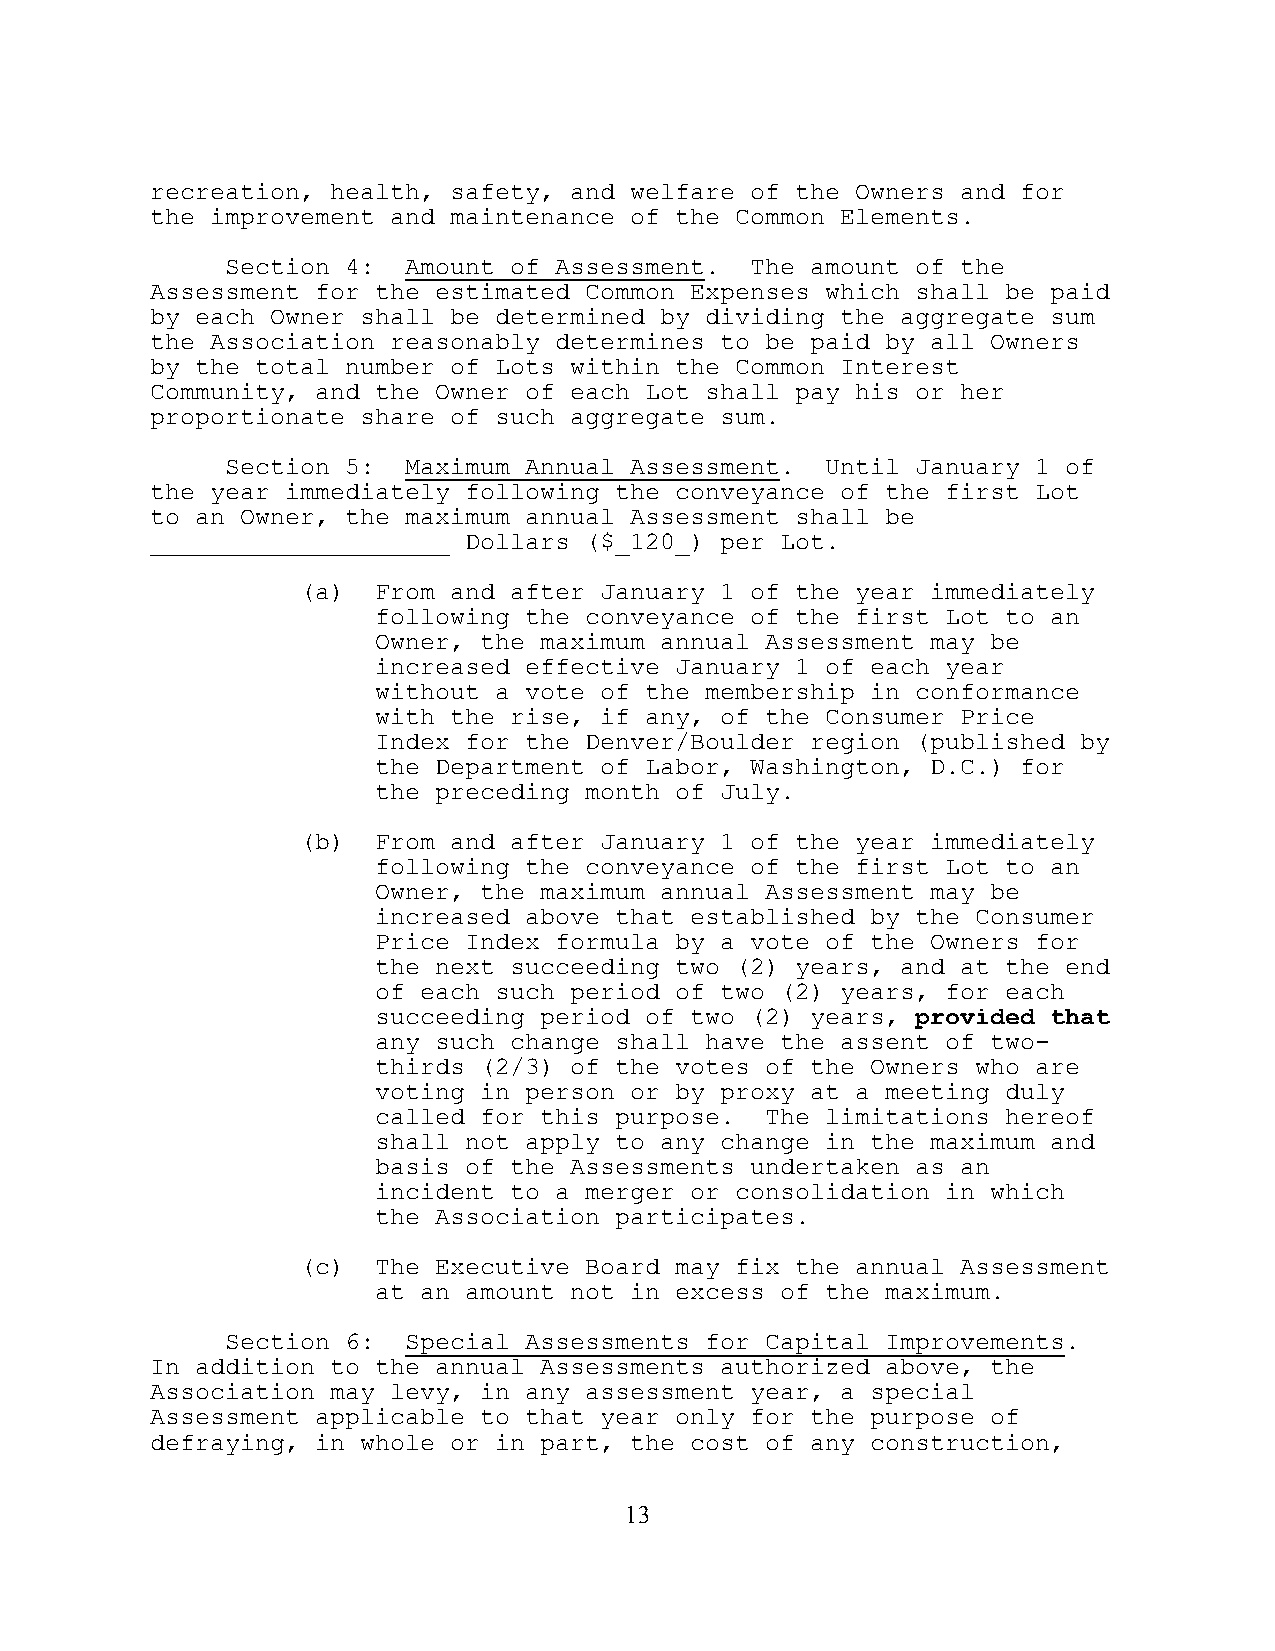
recreation, health, safety, and welfare of the Owners and for
 the improvement and maintenance of the Common Elements.
 Section 4:  Amount of Assessment.  The amount of the
 Assessment for the estimated Common Expenses which shall be paid
 by each Owner shall be determined by dividing the aggregate sum
 the Association reasonably determines to be paid by all Owners
 by the total number of Lots within the Common Interest
 Community, and the Owner of each Lot shall pay his or her
 proportionate share of such aggregate sum.
 Section 5:  Maximum Annual Assessment.  Until January 1 of
 the year immediately following the conveyance of the first Lot
 to an Owner, the maximum annual Assessment shall be
 ____________________ Dollars ($_120_) per Lot.
 (a)  From and after January 1 of the year immediately
 following the conveyance of the first Lot to an
 Owner, the maximum annual Assessment may be
 increased effective January 1 of each year
 without a vote of the membership in conformance
 with the rise, if any, of the Consumer Price
 Index for the Denver/Boulder region (published by
 the Department of Labor, Washington, D.C.) for
 the preceding month of July.
 (b)  From and after January 1 of the year immediately
 following the conveyance of the first Lot to an
 Owner, the maximum annual Assessment may be
 increased above that established by the Consumer
 Price Index formula by a vote of the Owners for
 the next succeeding two (2) years, and at the end
 of each such period of two (2) years, for each
 succeeding period of two (2) years, provided that
 any such change shall have the assent of two-
 thirds (2/3) of the votes of the Owners who are
 voting in person or by proxy at a meeting duly
 called for this purpose.  The limitations hereof
 shall not apply to any change in the maximum and
 basis of the Assessments undertaken as an
 incident to a merger or consolidation in which
 the Association participates.
 (c)  The Executive Board may fix the annual Assessment
 at an amount not in excess of the maximum.
 Section 6:  Special Assessments for Capital Improvements.
 In addition to the annual Assessments authorized above, the
 Association may levy, in any assessment year, a special
 Assessment applicable to that year only for the purpose of
 defraying, in whole or in part, the cost of any construction,
 13